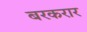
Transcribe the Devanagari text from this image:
बरकरार